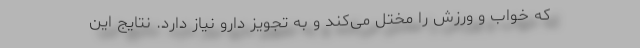
که خواب و ورزش را مختل می‌کند و به تجویز دارو نیاز دارد. نتایج این